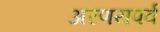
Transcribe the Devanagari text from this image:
अरणयपर्व